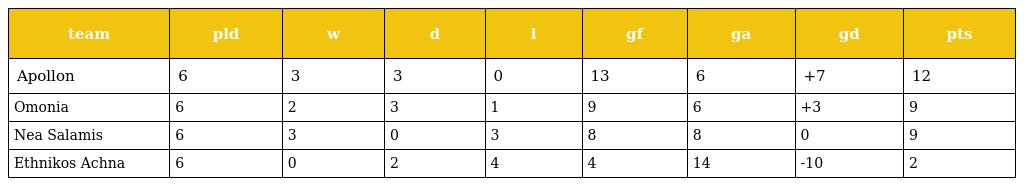
| team | pld | w | d | l | gf | ga | gd | pts |
 | --- | --- | --- | --- | --- | --- | --- | --- | --- |
 | Apollon | 6 | 3 | 3 | 0 | 13 | 6 | +7 | 12 |
 | Omonia | 6 | 2 | 3 | 1 | 9 | 6 | +3 | 9 |
 | Nea Salamis | 6 | 3 | 0 | 3 | 8 | 8 | 0 | 9 |
 | Ethnikos Achna | 6 | 0 | 2 | 4 | 4 | 14 | -10 | 2 |